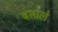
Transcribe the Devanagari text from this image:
बसाले